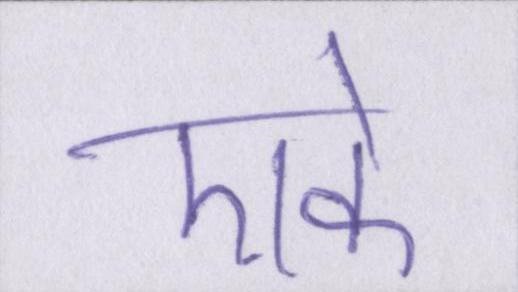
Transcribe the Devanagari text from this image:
एके